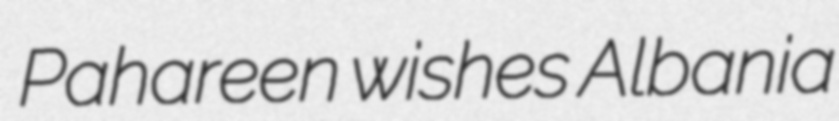
Pahareen wishes Albania